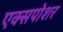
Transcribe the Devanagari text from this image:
एक्सपोशर